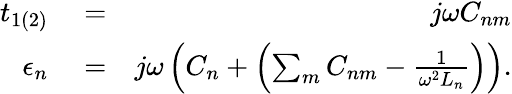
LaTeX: \begin{array}{rlr}{t_{1(2)}}&{{}=}&{j\omega C_{nm}}\\ {\epsilon_{n}}&{{}=}&{j\omega\left(C_{n}+\left(\sum_{m}C_{nm}-\frac{1}{\omega^{2}L_{n}}\right)\right).}\end{array}